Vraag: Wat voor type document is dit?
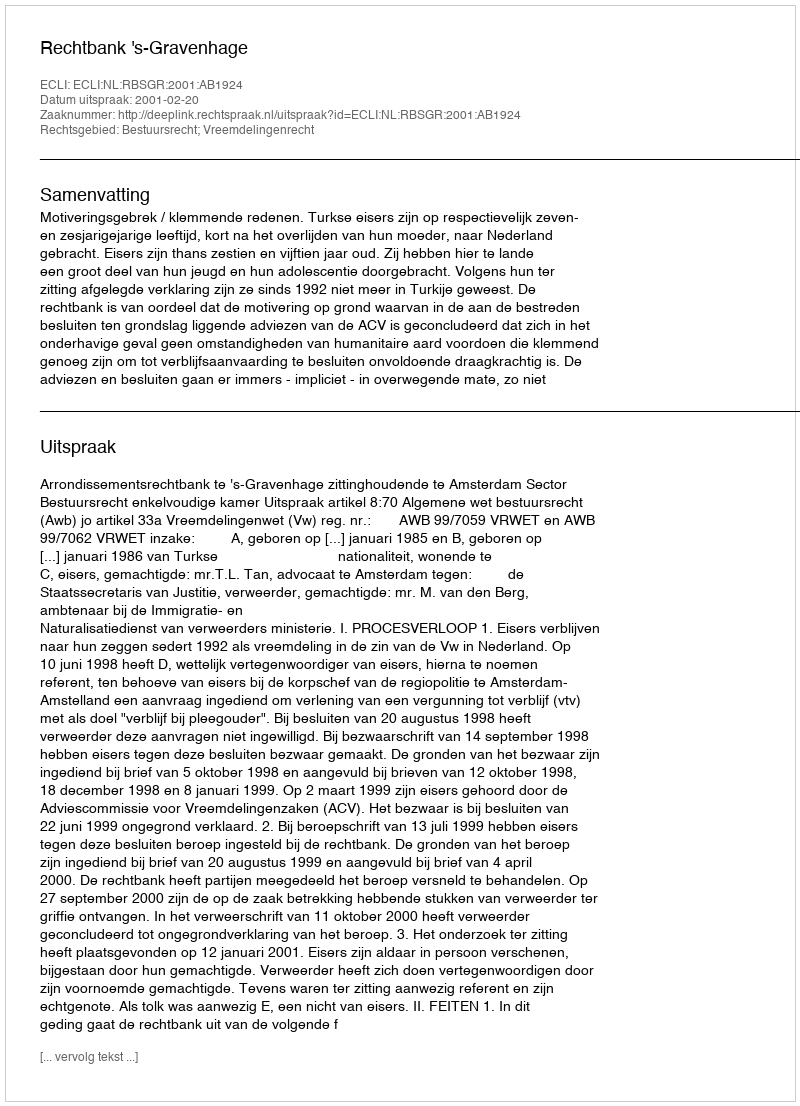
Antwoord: Uitspraak